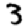
Digit: 3